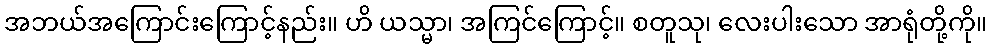
အဘယ်အကြောင်းကြောင့်နည်း။ ဟိ ယသ္မာ၊ အကြင်ကြောင့်။ စတူသု၊ လေးပါးသော အာရုံတို့ကို။